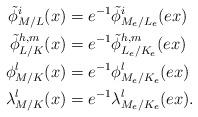
LaTeX: \begin{align*} \tilde{\phi}_{M/L}^i(x)&=e^{-1}\tilde{\phi}_{M_e/L_e}^i(ex) \\\tilde{\phi}_{L/K}^{h,m}(x)&=e^{-1}\tilde{\phi}_{L_e/K_e}^{h,m}(ex) \\\phi_{M/K}^l(x)&=e^{-1}\phi_{M_e/K_e}^l(ex) \\\lambda_{M/K}^l(x)&=e^{-1}\lambda_{M_e/K_e}^l(ex).\end{align*}